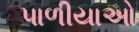
પાળીયાઓ